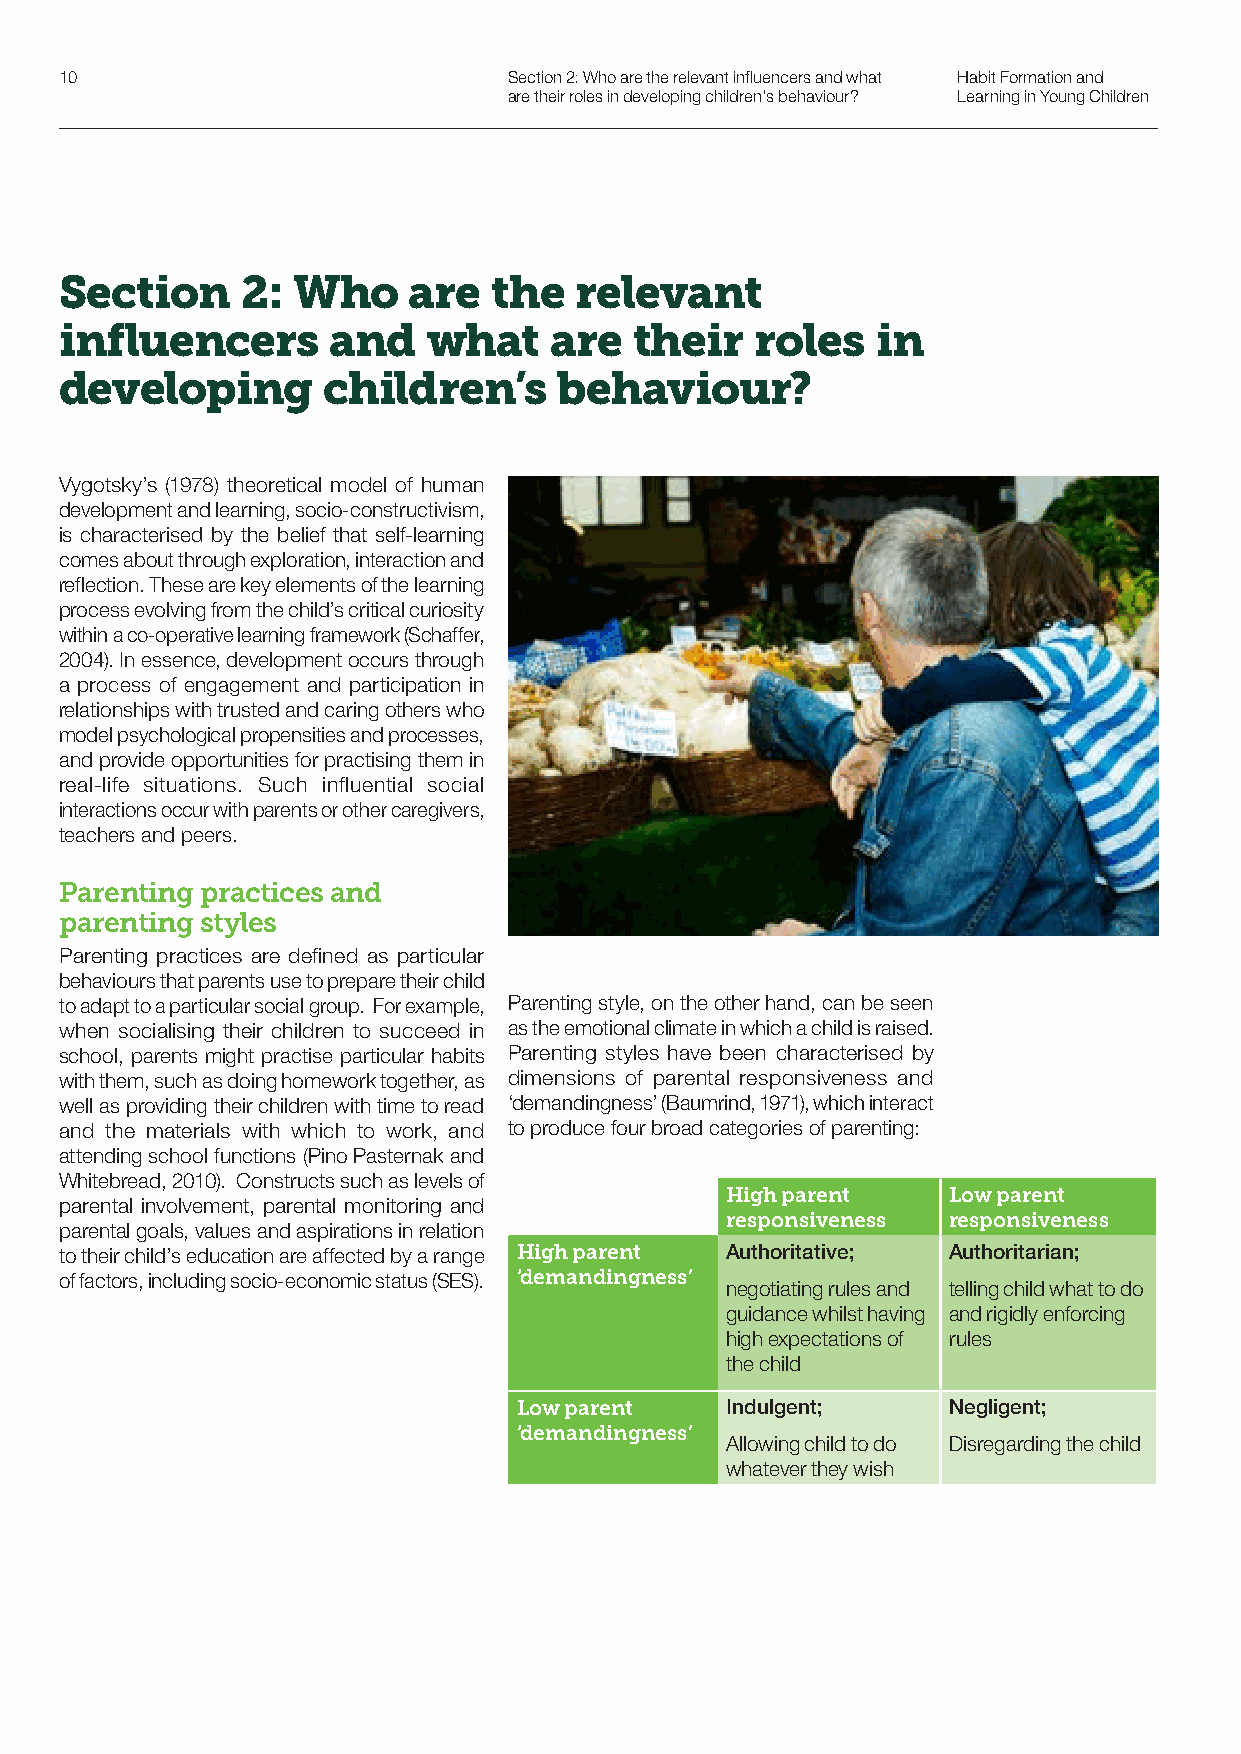
10                            Section 2: Who are the relevant influencers and what Habit Formation and
 are their roles in developing children’s behaviour? Learning in Young Children
 Section     2: Who     are   the  relevant
 influencers       and   what    are   their   roles   in
 developing       children’s      behaviour?
 Vygotsky’s (1978) theoretical model of human
 development and learning, socio-constructivism,
 is characterised by the belief that self-learning
 comes about through exploration, interaction and
 reflection. These are key elements of the learning
 process evolving from the child’s critical curiosity
 within a co-operative learning framework (Schaffer,
 2004). In essence, development occurs through
 a process of engagement and participation in
 relationships with trusted and caring others who
 model psychological propensities and processes,
 and provide opportunities for practising them in
 real-life situations. Such influential social
 interactions occur with parents or other caregivers,
 teachers and peers.
 Parenting practices and
 parenting styles
 Parenting practices are defined as particular
 behaviours that parents use to prepare their child
 to adapt to a particular social group. For example, Parenting style, on the other hand, can be seen
 when socialising their children to succeed in as the emotional climate in which a child is raised.
 school, parents might practise particular habits Parenting styles have been characterised by
 with them, such as doing homework together, as dimensions of parental responsiveness and
 well as providing their children with time to read ‘demandingness’ (Baumrind, 1971), which interact
 and the materials with which to work, and to produce four broad categories of parenting:
 attending school functions (Pino Pasternak and
 Whitebread, 2010). Constructs such as levels of
 High parent    Low parent
 parental involvement, parental monitoring and
 responsiveness responsiveness
 parental goals, values and aspirations in relation
 to their child’s education are affected by a range High parent Authoritative; Authoritarian;
 of factors, including socio-economic status (SES). ‘demandingness’
 negotiating rules and telling child what to do
 guidance whilst having and rigidly enforcing
 high expectations of rules
 the child
 Low parent    Indulgent;     Negligent;
 ‘demandingness’
 Allowing child to do Disregarding the child
 whatever they wish